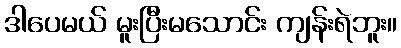
ဒါပေမယ် မူးပြီးမသောင်း ကျန်းရဲဘူး။